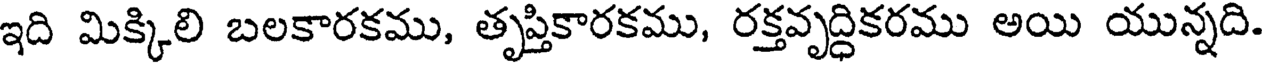
ఇది మిక్కిలి బలకారకము, తృప్తికారకము, రక్తవృద్ధికరము అయి యున్నది